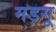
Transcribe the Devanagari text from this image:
मड़गू